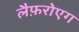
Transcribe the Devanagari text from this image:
लैफ़रोएग